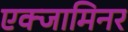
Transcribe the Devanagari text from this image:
एक्जामिनर